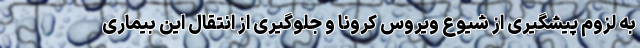
به لزوم پیشگیری از شیوع ویروس کرونا و جلوگیری از انتقال این بیماری